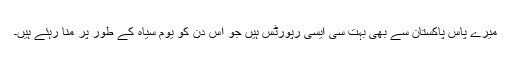
میرے پاس پاکستان سے بھی بہت سی ایسی رپورٹس ہیں جو اس دن کو یوم سیاہ کے طور پر منا رہئے ہیں۔